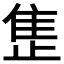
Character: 𬯪